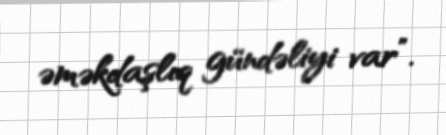
əməkdaşlıq gündəliyi var”.